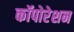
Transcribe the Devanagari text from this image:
कॉपोरेशन